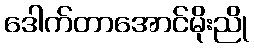
ဒေါက်တာအောင်မိုးညို